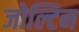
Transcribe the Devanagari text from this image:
जोल्टिन